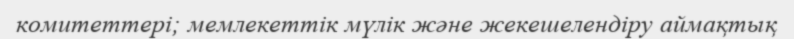
комитеттері; мемлекеттік мүлік және жекешелендіру аймақтық